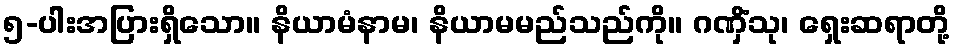
၅-ပါးအပြားရှိသော။ နိယာမံနာမ၊ နိယာမမည်သည်ကို။ ဂဏှိံသု၊ ရှေးဆရာတို့